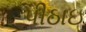
પીઠાઇ